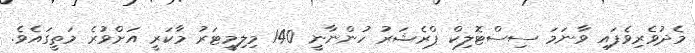
މެދުވެރިވެފައި ވާނަމަ ސިސްޓޮލިކް ޕްރެޝަރު ހުންނާނީ 140 މިލިމީޓަރު މާކަރީ އަށްވުރެ މަތީގައެވެ.